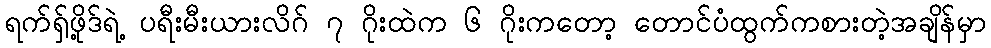
ရက်ရှ်ဖို့ဒ်ရဲ့ ပရီးမီးယားလိဂ် ၇ ဂိုးထဲက ၆ ဂိုးကတော့ တောင်ပံထွက်ကစားတဲ့အချိန်မှာ